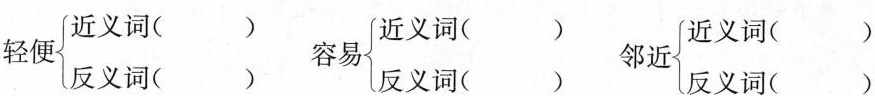
轻便\begin {cases}近义词()\\反义词()\end {cases} 容易\begin {cases}近义词()\\反义词()\end {cases} 邻近\begin {cases}近义词()\\反义词()\end {cases}